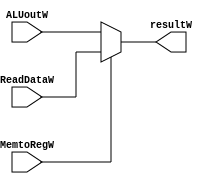
module writeback( ALUoutW, ReadDataW, MemtoRegW, resultW);

input MemtoRegW;
input [31:0] ALUoutW, ReadDataW;

output [31:0] resultW;

assign resultW = (MemtoRegW) ? ReadDataW : ALUoutW ;

endmodule